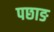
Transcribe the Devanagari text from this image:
पछाङ